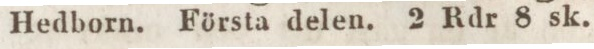
Hedborn. Första delen. 2 Rdr 8 sk.